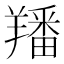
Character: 羳